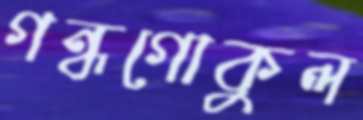
গন্ধগোকুল